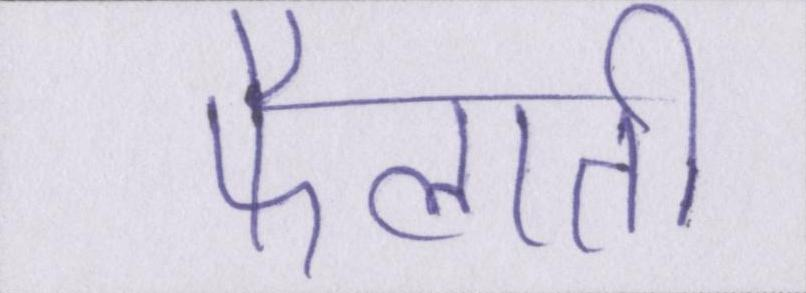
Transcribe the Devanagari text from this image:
फैलाती